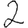
Digit: 2